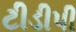
ટીડીપી